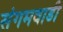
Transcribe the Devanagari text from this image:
संगमवाडी